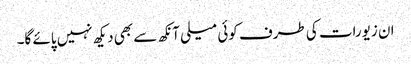
ان زیورات کی طرف کوئی میلی آنکھ سے بھی دیکھ نہیں پائے گا۔